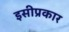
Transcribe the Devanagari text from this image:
इसीप्रकार